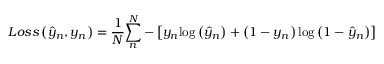
L o s s \left( { { \hat { y } } _ { n } , y _ { n } } \right) = \frac { 1 } { N } { \sum _ { n } ^ { N } { - \left\lbrack { y _ { n } { \log \left( { \hat { y } } _ { n } \right) } + \left( { 1 - y _ { n } } \right) { \log \left( { 1 - { \hat { y } } _ { n } } \right) } } \right\rbrack } }